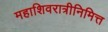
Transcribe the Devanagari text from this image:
महाशिवरात्रीनिमित्त